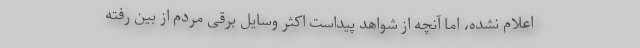
اعلام نشده، اما آنچه از شواهد پیداست اکثر وسایل برقی مردم از بین رفته